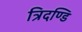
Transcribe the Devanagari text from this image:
त्रिदण्डि